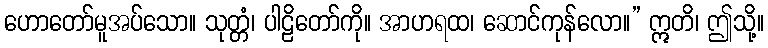
ဟောတော်မူအပ်သော။ သုတ္တံ၊ ပါဠိတော်ကို။ အာဟရထ၊ ဆောင်ကုန်လော။” ဣတိ၊ ဤသို့။